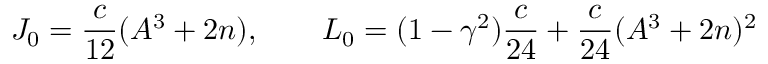
J _ { 0 } = \frac { c } { 1 2 } ( A ^ { 3 } + 2 n ) , \qquad L _ { 0 } = ( 1 - \gamma ^ { 2 } ) \frac { c } { 2 4 } + \frac { c } { 2 4 } ( A ^ { 3 } + 2 n ) ^ { 2 }